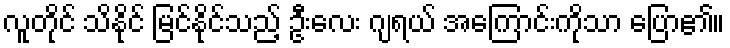
လူတိုင် သိနိုင် မြင်နိုင်သည့် ဦးလေး ဂျရယ် အကြောင်းကိုသာ ပြော၏။